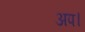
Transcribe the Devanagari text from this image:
अप।